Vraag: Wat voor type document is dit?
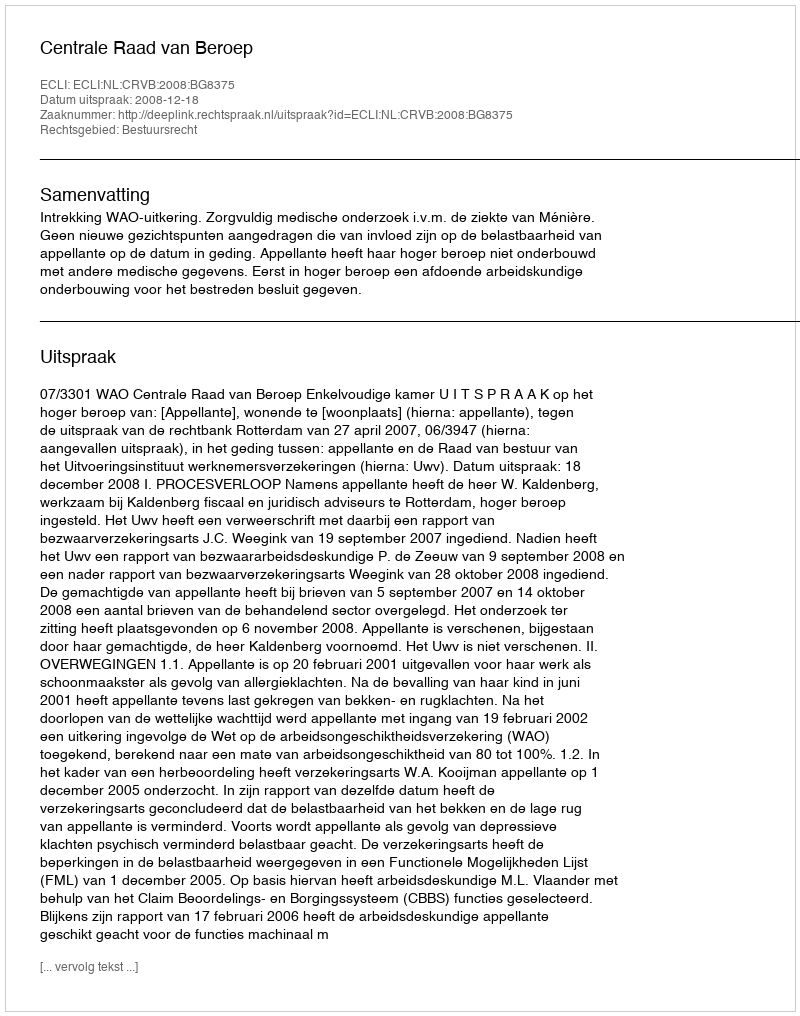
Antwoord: Uitspraak